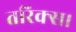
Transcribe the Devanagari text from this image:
तरिक्स।